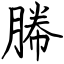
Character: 幐